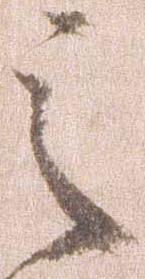
之